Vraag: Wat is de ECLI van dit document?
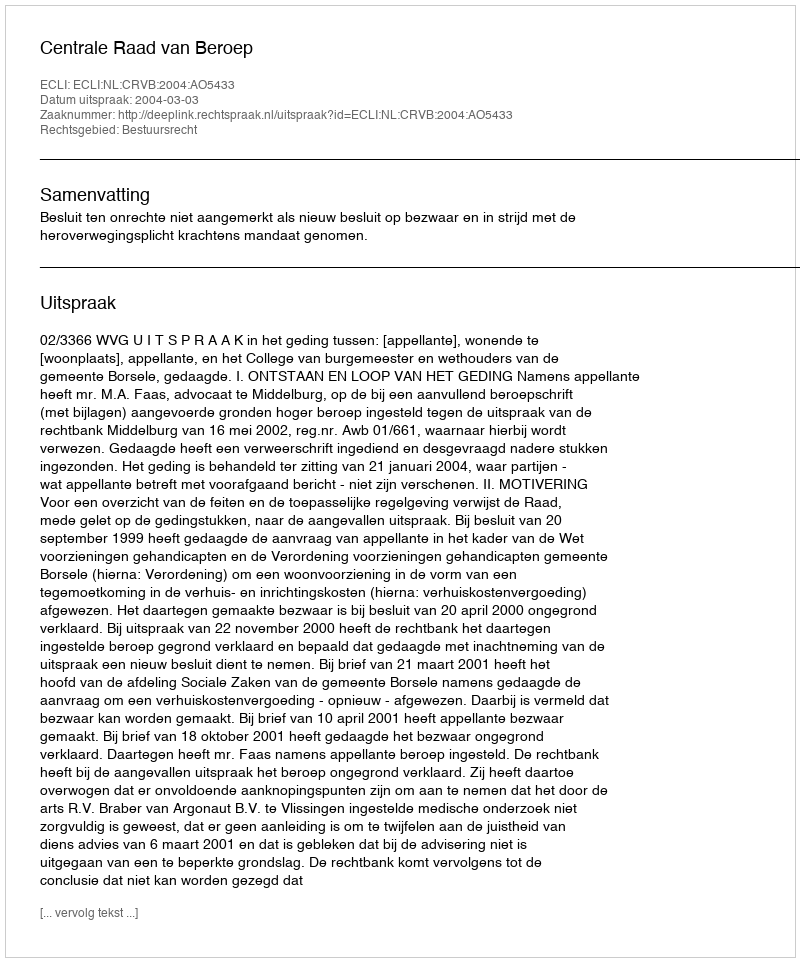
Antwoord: ECLI:NL:CRVB:2004:AO5433